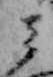
ミ